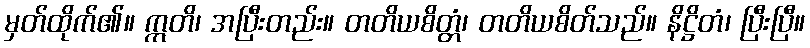
မှတ်ထိုက်၏။ ဣတိ၊ အပြီးတည်း။ တတိယစိတ္တံ၊ တတိယစိတ်သည်။ နိဋ္ဌိတံ၊ ပြီးပြီ။